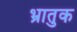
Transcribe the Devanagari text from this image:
भ्रातुक